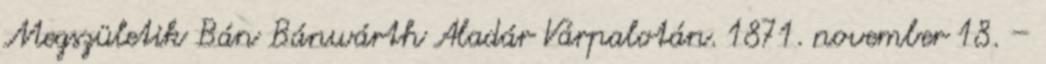
Megszületik Bán Bánwárth Aladár Várpalotán. 1871. november 18. –